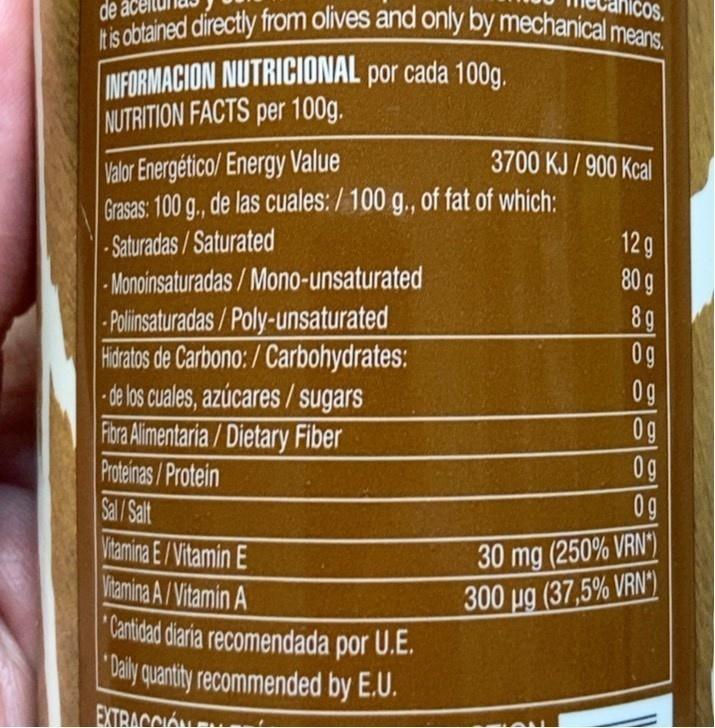
ICOS.
INFORMACION NUTRICIONAL por cada 100g.
It is obtained directly from olives and only by mechanical means.
de
NUTRITION FACTS per 100g.
Valor Energético/ Energy Value Grasas: 100 g., de las cuales: / 100 g., of fat of which:
3700 KJ / 900 Kcal
- Saturadas/Saturated - Monoinsaturadas/Mono-unsaturated
12g 80 g
89 0g
- Polinsaturadas/Poly-unsaturated Hdratos de Carbono: /Carbohydrates: - de los cuales, azúcares/ sugars Flora Alimentaria/Dietary Fiber Proteinas /Protein Sal / Salt Vitamina E/Vitamin E Vitamina A/Vitamin A Cantidad diaria recomendada por U.E. Daly quantity recommended by E.U.
0g 0g
0g 0g
30 mg (250% VRN") 300 ug (37,5% VRN")
EXTRACCIÓN